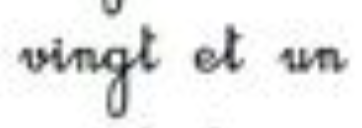
vingt et un